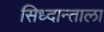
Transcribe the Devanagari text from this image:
सिध्दान्ताला